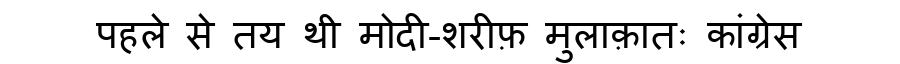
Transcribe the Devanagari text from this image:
पहले से तय थी मोदी-शरीफ़ मुलाक़ातः कांग्रेस